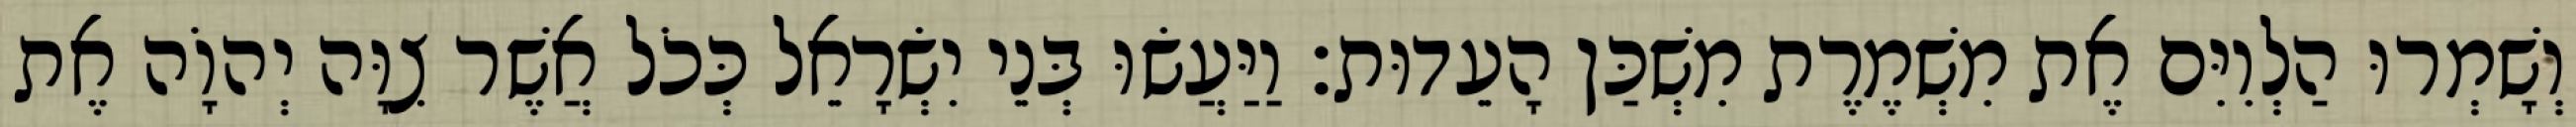
וְשָׁמְרוּ הַלְוִיִּם אֶת מִשְׁמֶרֶת מִשְׁכַּן הָעֵדוּת׃ וַיַּעֲשׂוּ בְּנֵי יִשְׂרָאֵל כְּכֹל אֲשֶׁר צִוָּה יְהוָֹה אֶת